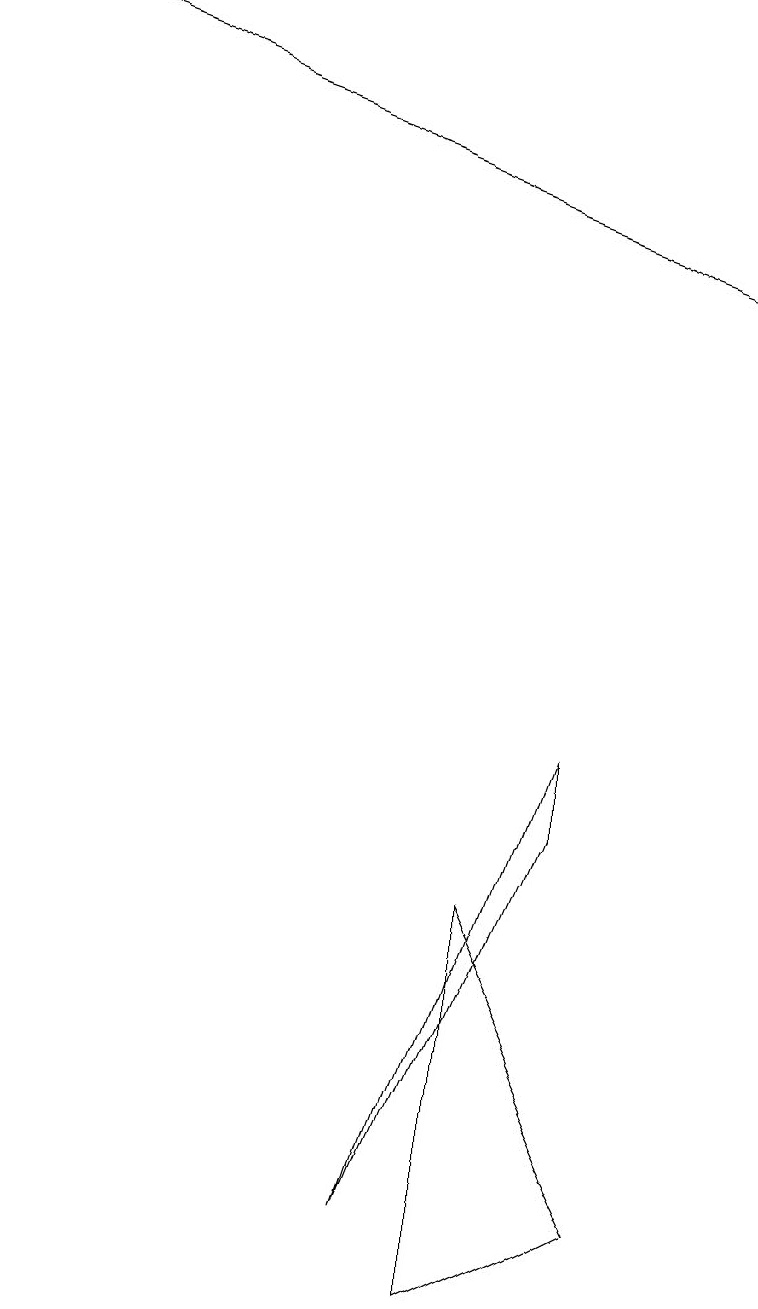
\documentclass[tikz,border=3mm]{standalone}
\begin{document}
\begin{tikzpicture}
\draw (6,1) -- (8,2) -- (6,6) -- cycle;
\draw (7,7) -- (5,2) -- (7,8) -- cycle;
\draw[->] (0,17) -- (9,14);
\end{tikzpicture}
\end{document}